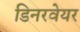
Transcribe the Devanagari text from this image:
डिनरवेयर